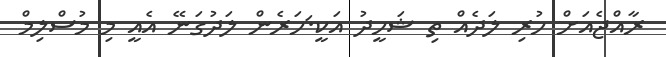
ރާއްޖެއަށް ހުރި ލަދެއް ތި ޝަހީދު އަކީ.ަހަރެން ލަދުގަނޭ އެއީ މި މުސްލިމް